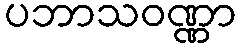
ပဘာသဝဏ္ဏာ